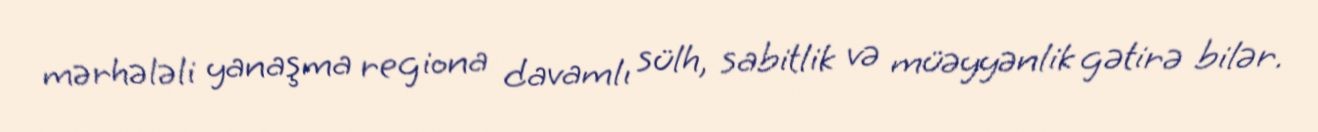
mərhələli yanaşma regiona davamlı sülh, sabitlik və müəyyənlik gətirə bilər.